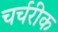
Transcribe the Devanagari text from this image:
चर्चरीक